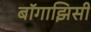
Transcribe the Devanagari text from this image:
बॉगाझिसी